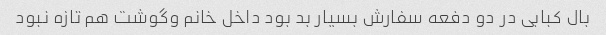
بال کبابی در دو دفعه سفارش بسیار بد بود داخل خانم وگوشت هم تازه نبود